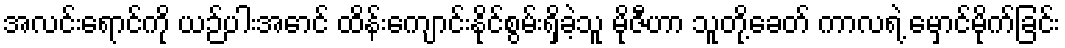
အလင်းရောင်ကို ယဉ်ပါးအောင် ထိန်းကျောင်းနိုင်စွမ်းရှိခဲ့သူ မိုဇီဟာ သူတို့ခေတ် ကာလရဲ့ မှောင်မိုက်ခြင်း